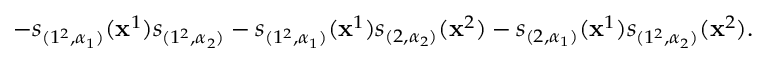
- s _ { ( 1 ^ { 2 } , \alpha _ { 1 } ) } ( \mathbf { x } ^ { 1 } ) s _ { ( 1 ^ { 2 } , \alpha _ { 2 } ) } - s _ { ( 1 ^ { 2 } , \alpha _ { 1 } ) } ( \mathbf { x } ^ { 1 } ) s _ { ( 2 , \alpha _ { 2 } ) } ( \mathbf { x } ^ { 2 } ) - s _ { ( 2 , \alpha _ { 1 } ) } ( \mathbf { x } ^ { 1 } ) s _ { ( 1 ^ { 2 } , \alpha _ { 2 } ) } ( \mathbf { x } ^ { 2 } ) .